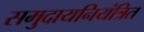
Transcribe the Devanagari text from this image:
समुदायनियंत्रित